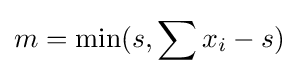
m=\min(s,\sum x_{i}-s)